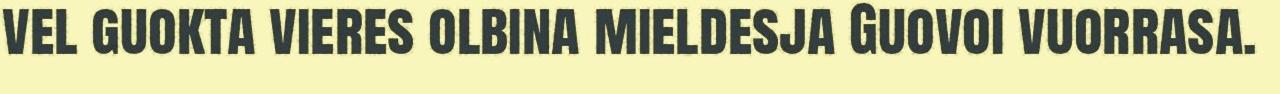
vel guokta vieres olbina mieldesja Guovoi vuorrasa.